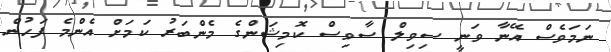
ނަމަވެސް އޭނާ ވަނީ ސިވިލް ސާވިސް ކޮމިޝަންގެ މެންބަރު ކަމަށް އެންމެ ފަހުން